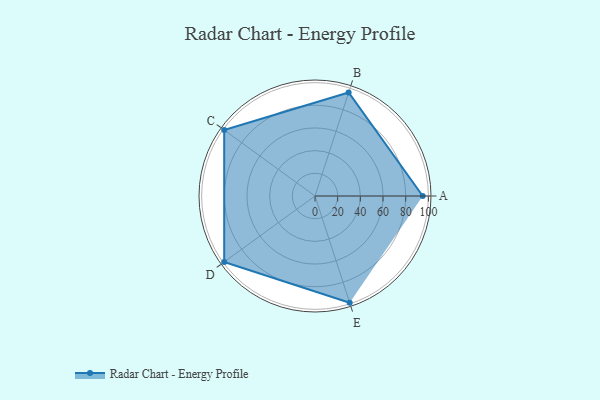
{"axis": {"x": "Skill", "y": "Score"}, "legend": ["Profile"], "data": [{"x": "A", "y": 95.0, "type": "Profile"}, {"x": "B", "y": 96.0, "type": "Profile"}, {"x": "C", "y": 99, "type": "Profile"}, {"x": "D", "y": 99, "type": "Profile"}, {"x": "E", "y": 99, "type": "Profile"}]}